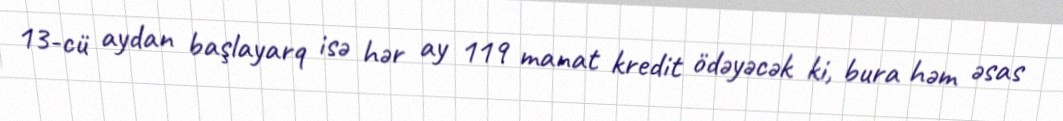
13-cü aydan başlayarq isə hər ay 119 manat kredit ödəyəcək ki, bura həm əsas